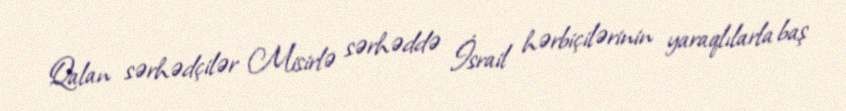
Qalan sərhədçilər Misirlə sərhəddə İsrail hərbiçilərinin yaraqlılarla baş